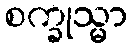
စက္ခုသ္မာ